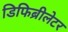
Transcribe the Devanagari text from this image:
डिफिब्रीलेटर